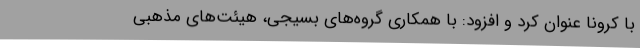
با کرونا عنوان کرد و افزود: با همکاری گروه‌های بسیجی، هیئت‌های مذهبی